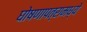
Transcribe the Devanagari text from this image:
घोषणापत्रामध्ये